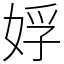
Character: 娐